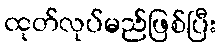
ထုတ်လုပ်မည်ဖြစ်ပြီး